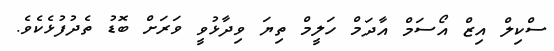
ސްކިލް އިޒް އޯސަމް އާދަމް ހަލީމް ތިޔަ ވިދާޅުވީ ވަރަށް ބޮޑު ތެދުފުޅެކެވެ.